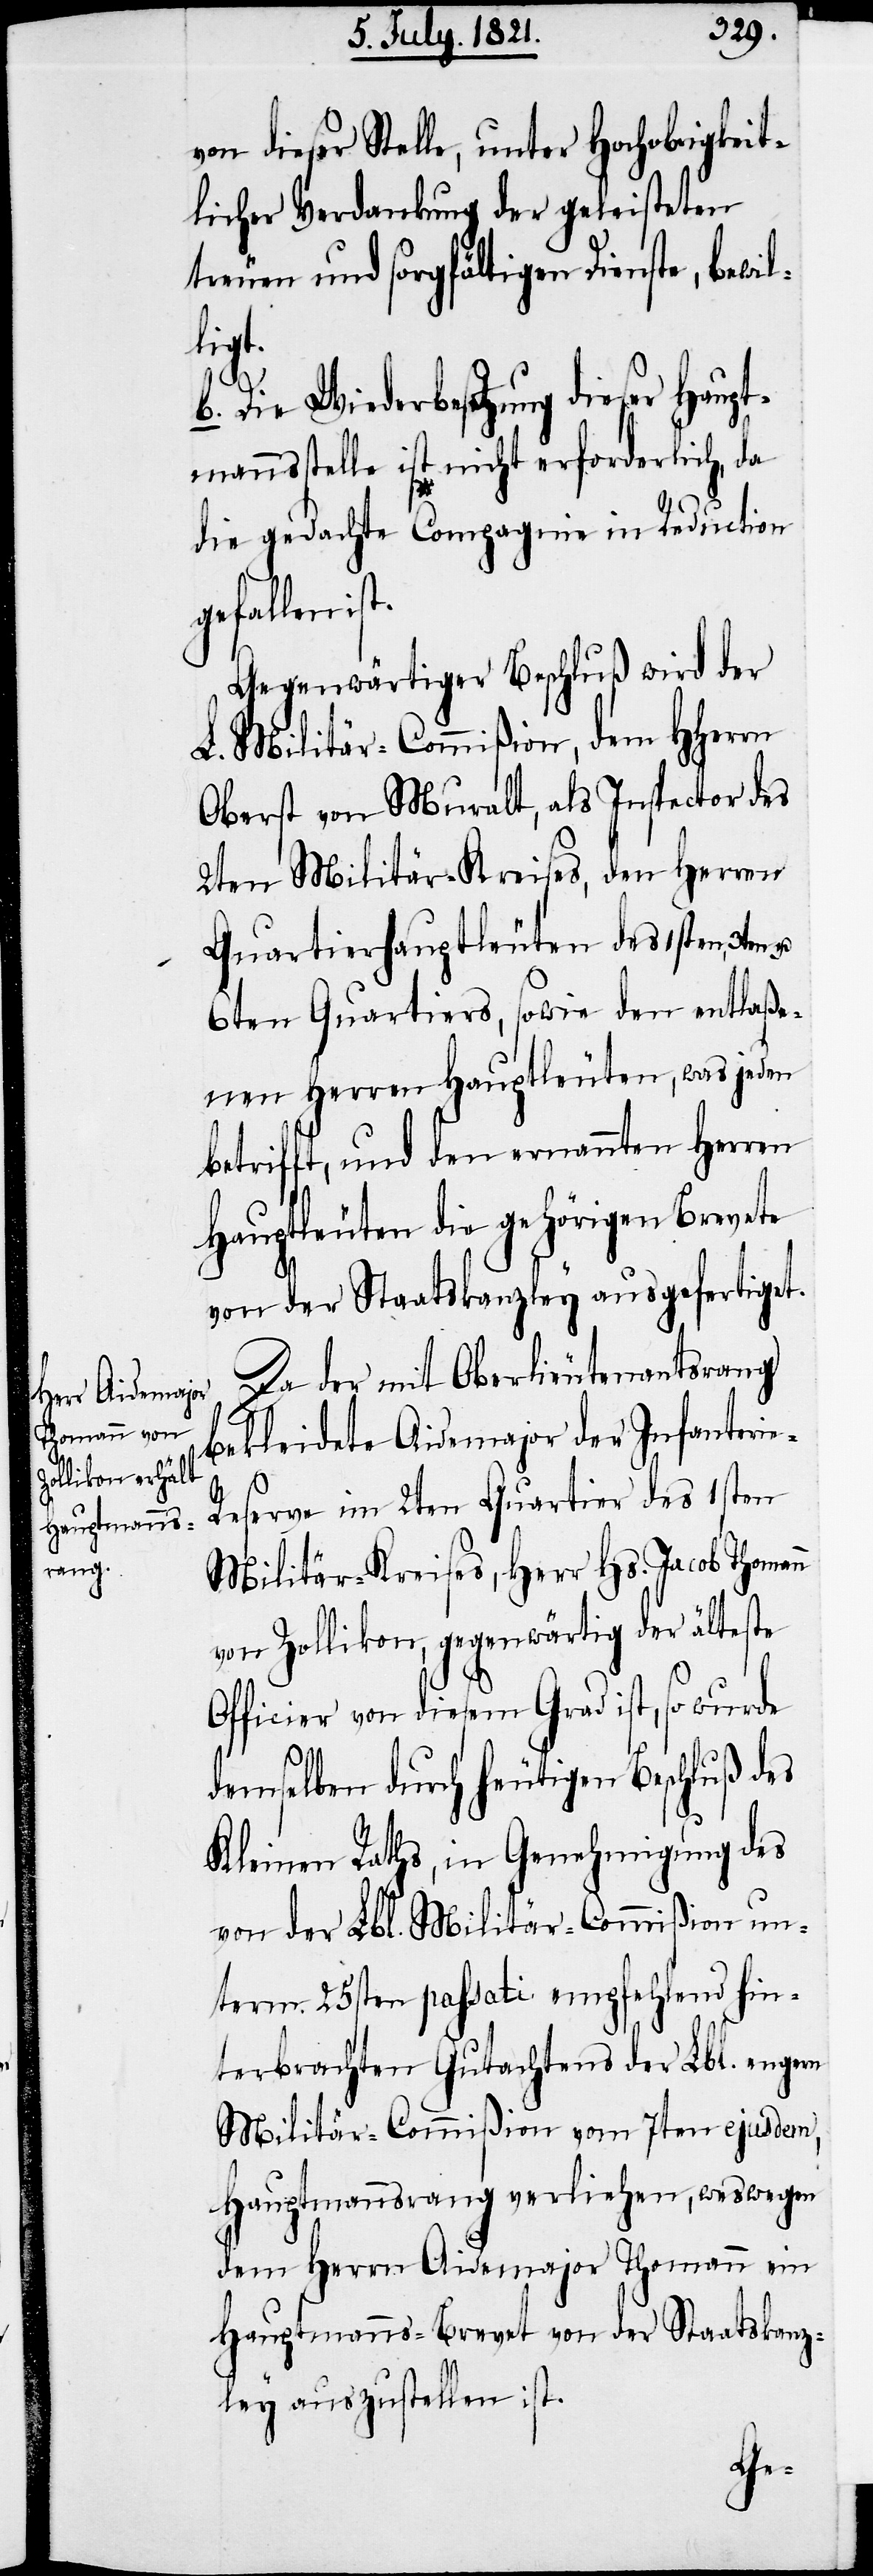
von dieser Stelle, unter Hochobrigkeit¬
licher Verdankung der geleisteten
treuen und sorgfältigen Dienste, bewil¬
e-R¬
b. Die Wiederbesetzung dieser Haupt¬
mannsstelle ist nicht erforderlich, da
die gedachte Compagnie in Reduction
gefallen i¬
Gegenwärtiger Beschluß wird der
L. Militär-Commißion, dem HHerrn
Oberst von Muralt, als Inspector des
2ten Militär-Kreises, den Herren
Quartierhauptleuten des 1sten, 3ten
6ten Quartiers, sowie den entlaße¬
nen Herren Hauptleute, was jeden
betrifft, und den ernannten Herren
Hauptleuten die gehörigen Brevete
von der Staatskanzley ausgefertiget.
Da der mit Oberlieutenantsrang
bekleidete Aidemajor der Infanteri¬
eserve im 2ten Quartier des 1sten
Militär-Kreises, Herr Hs. Jacob Thomann
von Zollikon, gegenwärtig der älteste
Officier von diesem Grad ist, so wurde
demselben durch heutigen Beschluß des
Kleinen Raths, in Genehmigung des
von der Lbl. Militär-Commißion un¬
term 25sten passati empfehlend hin¬
terbrachten Gutachtens der Lbl. engern
Militär-Commißion vom 7ten ejusdem,
Hauptmannsrang verliehen, weswegen
dem Herrn Aidemajor Thomann ein
Hauptmanns-Brevet von der Staatskanz¬
ley auszustellen ist.